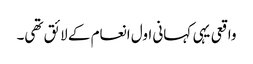
واقعی یہی کہانی اول انعام کے لائق تھی۔